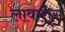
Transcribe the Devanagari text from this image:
लावारीस